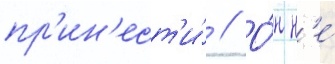
пр'ин'ест'и́ // О́н н'е́